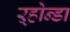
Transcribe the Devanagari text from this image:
ऱ्होन्डा